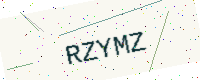
Text: RZYMZ